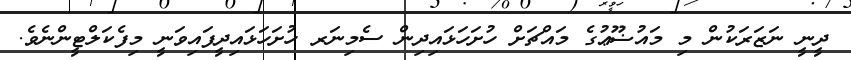
ދީނީ ނަޒަރަކުން މި މައުޟޫޢުގެ މައްޗަށް ހުށަހަޅައިދިން ސެމިނަރ ހުށަހަޅައިދީފައިވަނީ މިފެކަލްޓީންނެވެ.